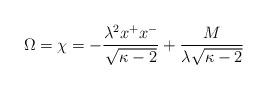
LaTeX: \begin{align*}\Omega=\chi=-\frac{\lambda^{2}x^{+}x^{-}}{\sqrt{\kappa-2}}+\frac{M}{\lambda\sqrt{\kappa-2}}\end{align*}